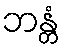
ဘန္တံ